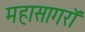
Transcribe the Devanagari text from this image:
महासागरॉ